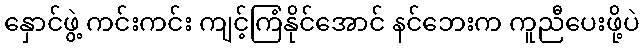
နှောင်ဖွဲ့ ကင်းကင်း ကျင့်ကြံနိုင်အောင် နင်ဘေးက ကူညီပေးဖို့ပဲ